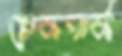
স্নেকপার্ক